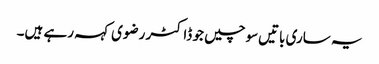
یہ ساری باتیں‌سوچیں جو ڈاکٹر رضوی کہہ رہے ہیں۔